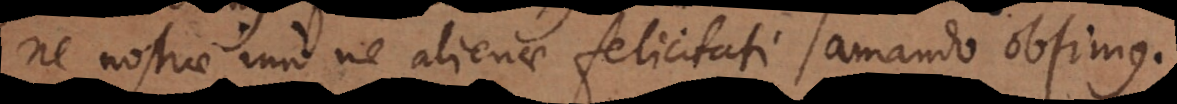
ne nostrae, imo ne alienae felicitati amando obsimus.